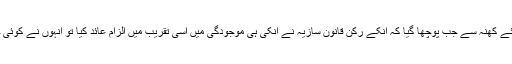
‘‘ اوی ناش رائے کھنہ سے جب پوچھا گیا کہ انکے رکن قانون سازیہ نے انکی ہی موجودگی میں اسی تقریب میں الزام عائد کیا تو انہوں نے کوئی جواب نہیں دیا۔